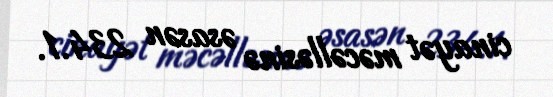
cinayət məcəlləsinə əsasən 234.1.